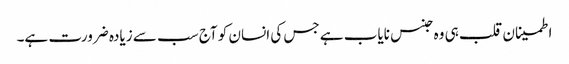
اطمینان قلب ہی وہ جنس نایاب ہے جس کی انسان کو آج سب سے زیادہ ضرورت ہے۔